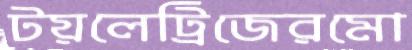
টয়লেট্রিজেরমো